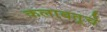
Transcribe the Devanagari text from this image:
कलाबतूचे